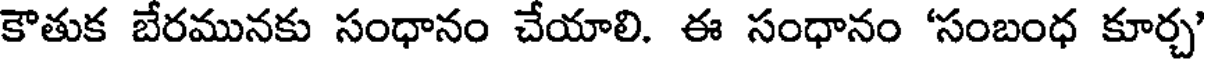
కౌతుక బేరమునకు సంధానం చేయాలి. ఈ సంధానం 'సంబంధ కూర్చ